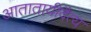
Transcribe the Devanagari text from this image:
आतातायीदैत्य